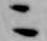
ニ